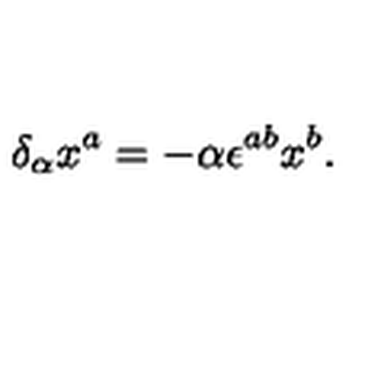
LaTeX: \delta _ { \alpha } x ^ { a } = - \alpha \epsilon ^ { a b } x ^ { b } .